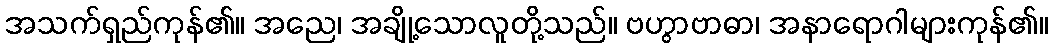
အသက်ရှည်ကုန်၏။ အညေ၊ အချို့သောလူတို့သည်။ ဗဟွာဗာဓာ၊ အနာရောဂါများကုန်၏။